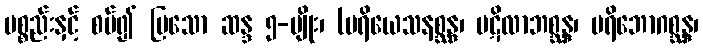
ပစ္စည်းနှင့် စပ်၍ ပြသော ဆန္ဒ ၅-မျိုး၊ (ပရိယေသနစ္ဆန္ဒ၊ ပဋိလာဘစ္ဆန္ဒ၊ ပရိဘောဂစ္ဆန္ဒ၊